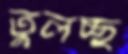
তুলচ্ছ